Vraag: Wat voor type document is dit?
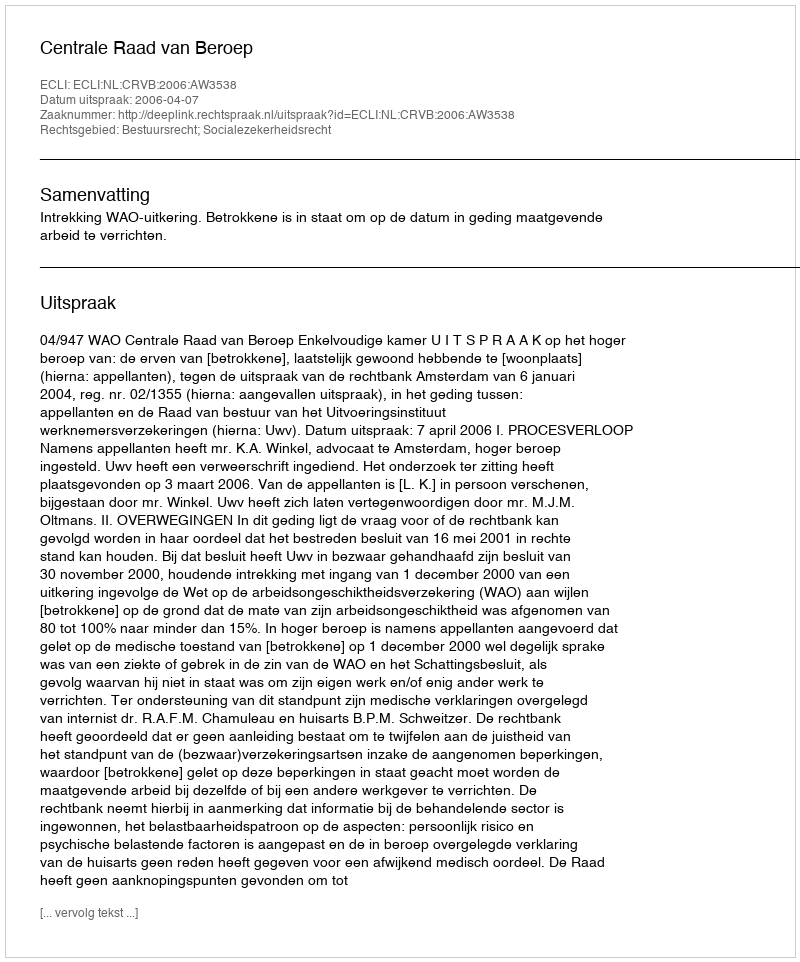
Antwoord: Uitspraak